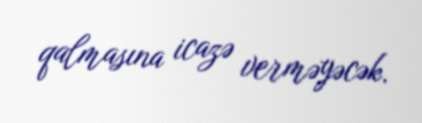
qalmasına icazə verməyəcək.